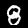
Label: 8